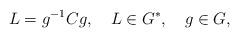
LaTeX: \begin{align*}L=g^{-1}Cg, \quad L\in G^{*}, \quad g\in G, \end{align*}